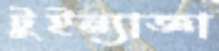
টুইন্যাজ্ঞা